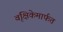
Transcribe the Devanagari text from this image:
वृक्षिकेमार्फत